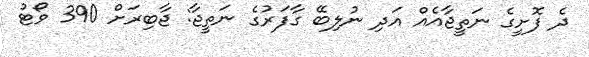
ދެ ފޮށީގެ ނަތީޖާއެއް އަދި ނުލިބޭ ގާފަރުގެ ނަތީޖާ: ޖާބިރަށް 390 ވޯޓު